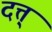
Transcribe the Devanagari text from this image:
दत्त्